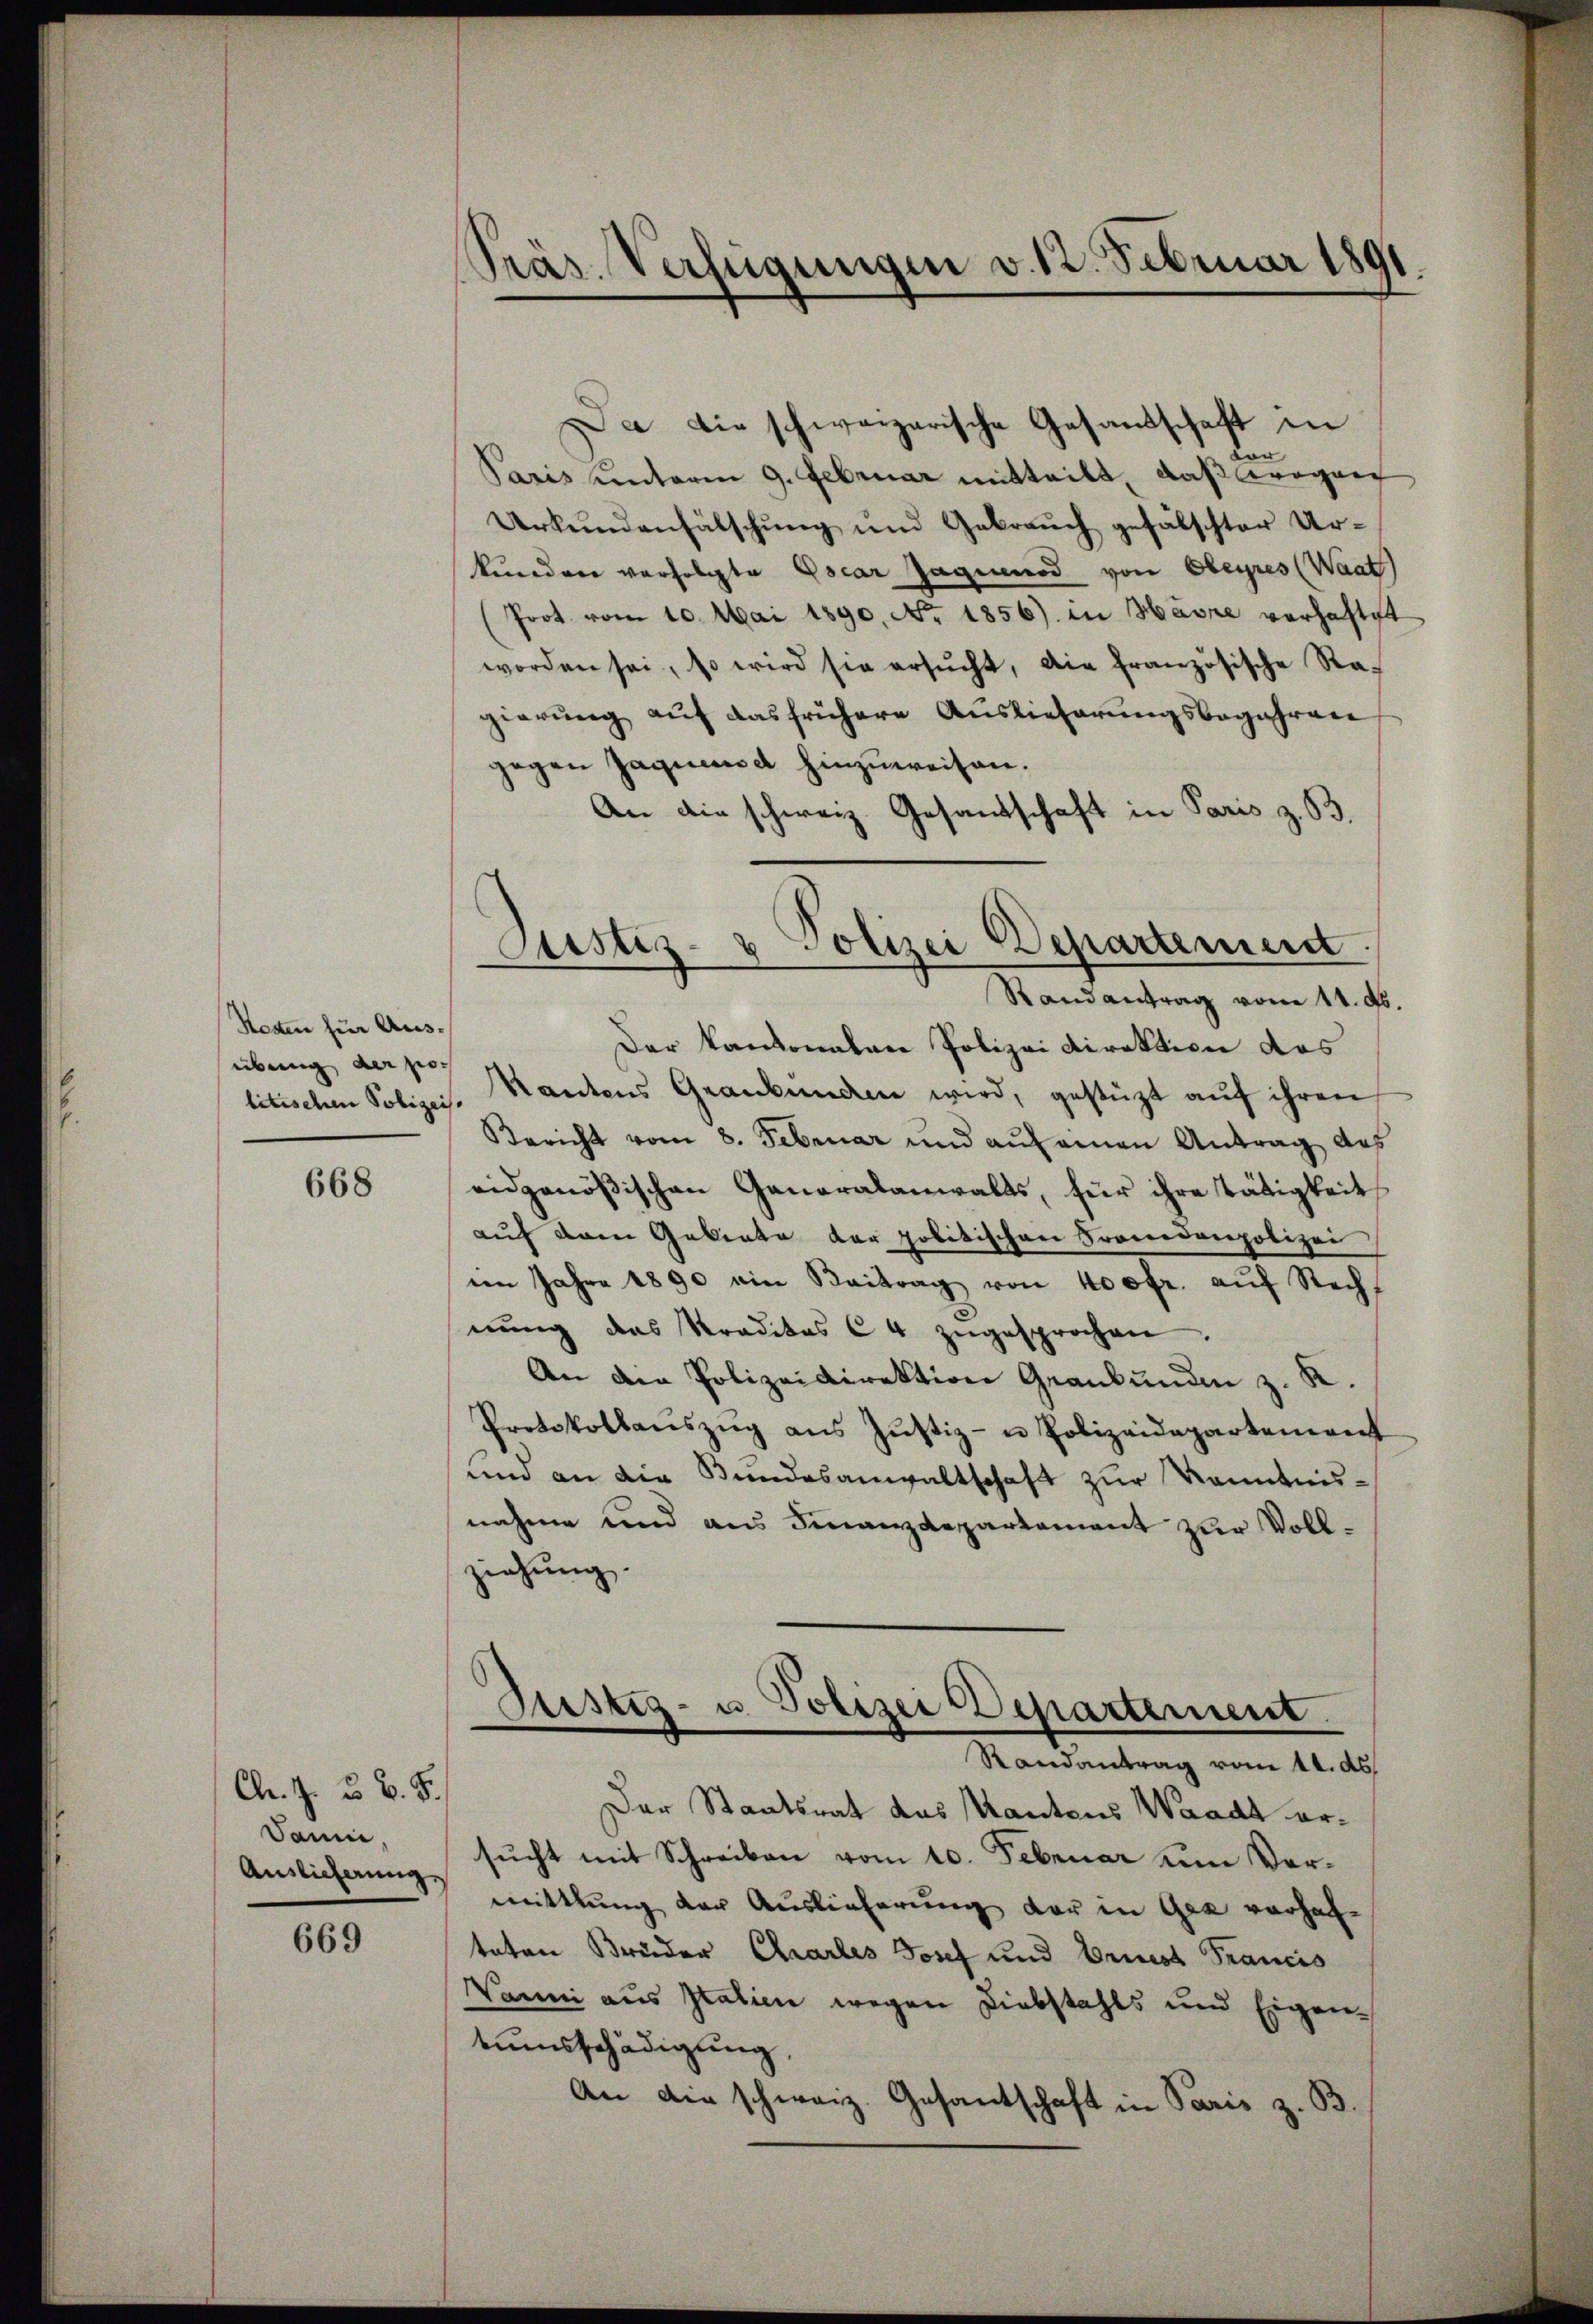
Resten für Ausübung der po¬

668

Ch. J. u. v. J.
Danie,
Auslicherung

669

Präs. Verfügungen v. 12. Februar 1891.

a die schweizerische Gesandschaft in
dar
Paris unterm 9. Februar mitteilt, daß wegen
Urkundenfälschung und Gebrauch gefälschter Ur-
kunden verfolgte Oscar Jaguenod von Obeyres (Waat
(Prot. vom 10. Mai 1890. No. 1856) in Havre verhaftet
worden sei, so wird sie ersŭcht, die französische Ra-
gierung auf das frühere Auslieferungsbegehren
gegen Jaquand hinzuweisen.
An die schweiz. Gesandschaft in Paris z. B.
Randantrag vom 11. ds.
Der Kantonalen Polizei Direktion das
litischen Polizei. Nantens Graubünden wird, gestüzt aŭf ihren
Bericht vom 8. Februar und aŭf einen Antrag des
eidgenößischen Generalanwalts, für ihre Tätigkeit
auf dem Gebiete der politischen Franedenpolizei
im Jahre 1890 ein Beitrag von 400fr. aŭf Recht
nŭng das Kreditos C4 zŭgesprochen.
An die Polizeidirektion Grankunden z. K.
Protokollaŭszŭg ans Jŭstiz- u Polizeidepartement
und an die Bundesanwaltschaft zur Kenntnisnahme und aus Finanzdepartement zur Vollziehung.
Justiz- u. Polizei Departement.
Randantrag vom 14. ds.
Der Staatsrat des Kantons Waadt ersucht mit Schreiben vom 10. Februar um Vormittlung der Auslieferung der in Gea verhafteten Brüder Charles Josef und Ernst Francis
Wanni aus Italien wegen Diebstahls und Eigen-
tumsschädigung,
An die schweiz. Gesantschaft in Paris z. B.

¬
Polizei Departement
Justiz-
.